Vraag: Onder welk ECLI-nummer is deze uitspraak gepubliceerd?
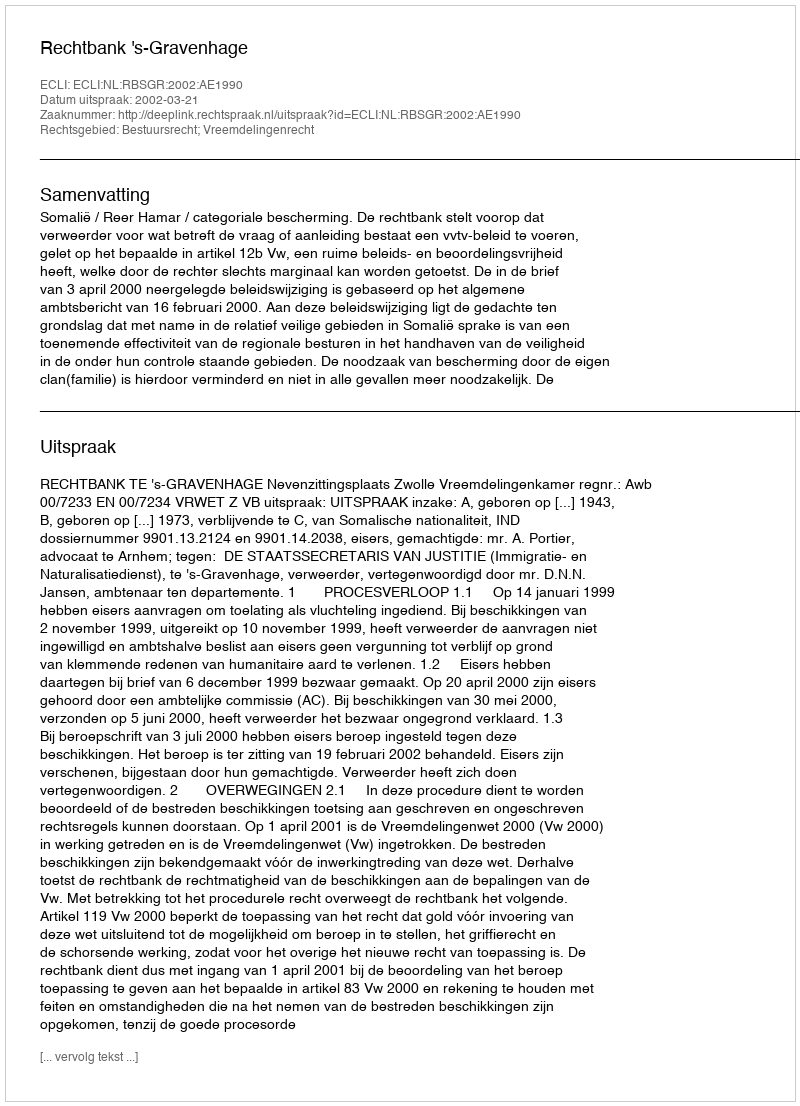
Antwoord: ECLI:NL:RBSGR:2002:AE1990